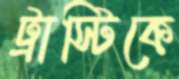
ট্রাস্টিকে